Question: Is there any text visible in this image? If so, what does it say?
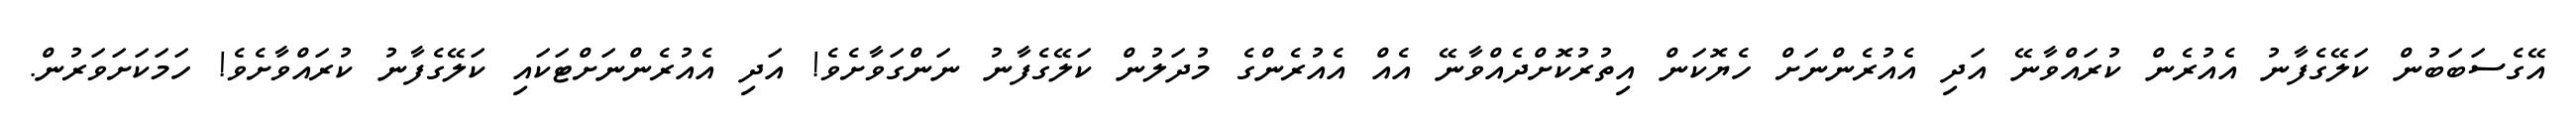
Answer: އޭގެސަބަބުން ކަލޭގެފާނު އެއުރެން ކުރައްވާނޭ އަދި އެއުރެންނަށް ހެޔޮކަން އިތުރުކޮށްދެއްވާނޭ އެއް އެއުރެންގެ މުދަލުން ކަލޭގެފާނު ނަންގަވާށެވެ! އަދި އެއުރެންނަށްޓަކައި ކަލޭގެފާނު ކުރައްވާށެވެ! ހަމަކަށަވަރުން.